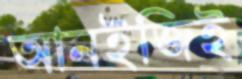
আনইজিই